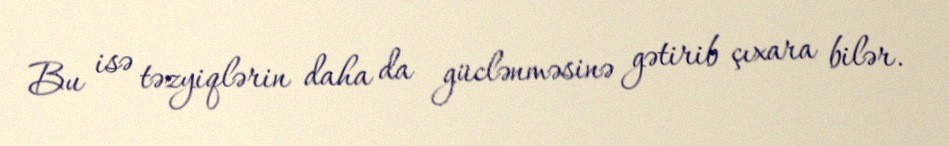
Bu isə təzyiqlərin daha da güclənməsinə gətirib çıxara bilər.